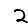
Digit: 2